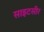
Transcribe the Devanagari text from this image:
साइटसीर